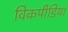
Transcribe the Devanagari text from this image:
विकपीडिया